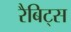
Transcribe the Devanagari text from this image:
रैबिट्स